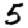
Digit: 5